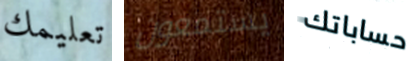
تعليمك يستمعون حساباتك